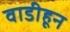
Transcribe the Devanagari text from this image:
वाडीहून